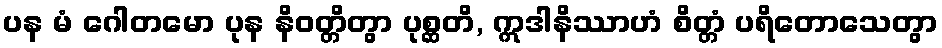
ပန မံ ဂေါတမော ပုန နိဝတ္တိတွာ ပုစ္ဆတိ, ဣဒါနိဿာဟံ စိတ္တံ ပရိတောသေတွာ